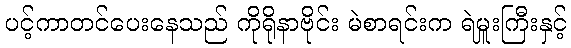
ပင့်ကာတင်ပေးနေသည် ကိုရိုနာဗိုင်း မဲစာရင်းက ရဲမှူးကြီးနှင့်